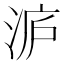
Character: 𭰢